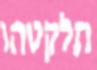
תלקטהו